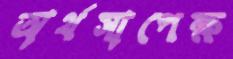
অর্থসাপেক্ষ